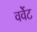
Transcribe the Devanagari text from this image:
वर्वेट